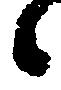
々